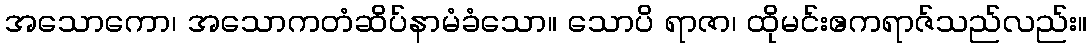
အသောကော၊ အသောကတံဆိပ်နာမံခံသော။ သောပိ ရာဇာ၊ ထိုမင်းဧကရာဇ်သည်လည်း။